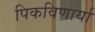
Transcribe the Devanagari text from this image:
पिकविणार्या